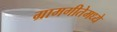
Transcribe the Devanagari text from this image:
ग्रामगीतेमध्ये